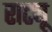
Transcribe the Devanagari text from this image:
राट्यू